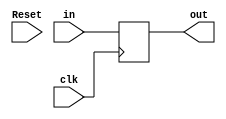
`timescale 1ns / 1ps
//////////////////////////////////////////////////////////////////////////////////
// Company: 
// Engineer: 
// 
// Design Name: 
// Module Name: DFlipFlop_32bits
// Project Name: 
// Target Devices: 
// Tool Versions: 
// Description: 
// 
// Dependencies: 
// 
// Revision:
// Revision 0.01 - File Created
// Additional Comments:
// 
//////////////////////////////////////////////////////////////////////////////////


module DFlipFlop_32bits(
    input clk,
    input Reset,
    input [31:0] in,
    output reg [31:0] out
    );
    
    always @(posedge clk/* or negedge Reset*/) begin
        //if(Reset==0) out <= 0;
        /*else*/ out <= in;
    end
endmodule